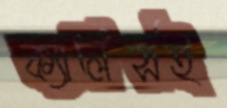
ক্যালিসই